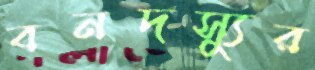
বনদস্যুর